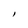
Character: l